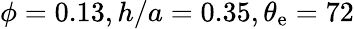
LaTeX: \phi=0.13,h/a=0.35,\theta_{\mathrm{{e}}}=72